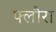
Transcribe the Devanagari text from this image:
फ्लौरा